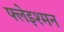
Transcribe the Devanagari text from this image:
फ्लेइश्मन